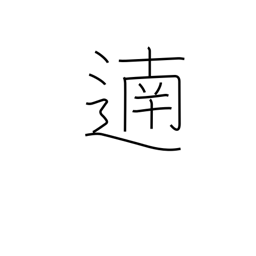
Meaning: bravo